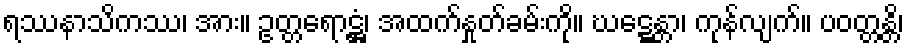
ရဿနာသိကဿ၊ အား။ ဥတ္တရောဋ္ဌံ၊ အထက်နှုတ်ခမ်းကို။ ဃဋ္ဋေန္တာ၊ ကုန်လျက်။ ပဝတ္တန္တိ၊